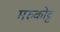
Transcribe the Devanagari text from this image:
मरुकोट्ट